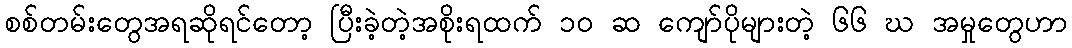
စစ်တမ်းတွေအရဆိုရင်တော့ ပြီးခဲ့တဲ့အစိုးရထက် ၁၀ ဆ ကျော်ပိုများတဲ့ ၆၆ ဃ အမှုတွေဟာ